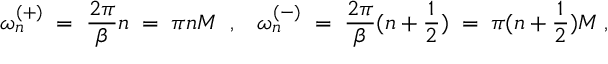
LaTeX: \omega _ { n } ^ { ( + ) } \; = \; \frac { 2 \pi } { \beta } n \; = \; \pi n M \; \; , \; \; \; \omega _ { n } ^ { ( - ) } \; = \; \frac { 2 \pi } { \beta } ( n + \frac { 1 } { 2 } ) \; = \; \pi ( n + \frac { 1 } { 2 } ) M \; ,